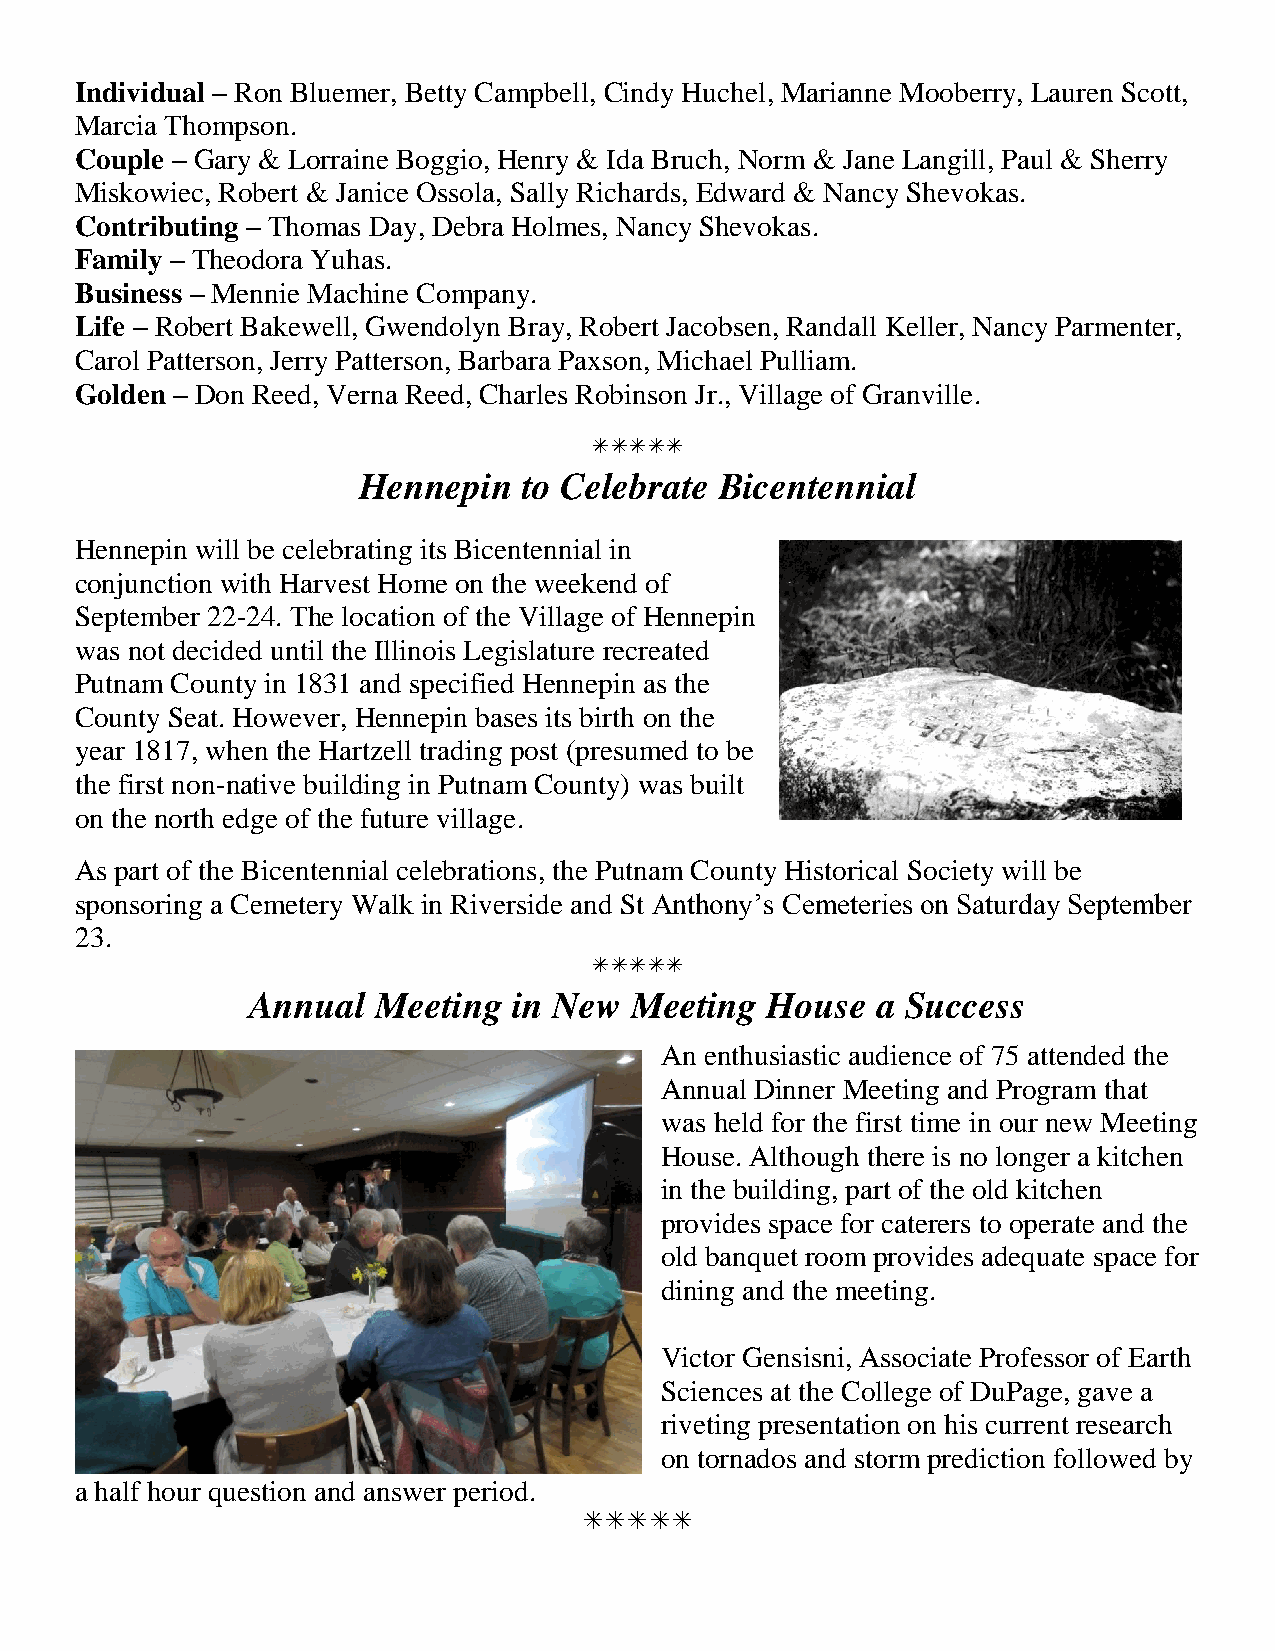
Individual – Ron Bluemer, Betty Campbell, Cindy Huchel, Marianne Mooberry, Lauren Scott,
 Marcia Thompson.
 Couple – Gary & Lorraine Boggio, Henry & Ida Bruch, Norm & Jane Langill, Paul & Sherry
 Miskowiec, Robert & Janice Ossola, Sally Richards, Edward & Nancy Shevokas.
 Contributing – Thomas Day, Debra Holmes, Nancy Shevokas.
 Family – Theodora Yuhas.
 Business – Mennie Machine Company.
 Life – Robert Bakewell, Gwendolyn Bray, Robert Jacobsen, Randall Keller, Nancy Parmenter,
 Carol Patterson, Jerry Patterson, Barbara Paxson, Michael Pulliam.
 Golden – Don Reed, Verna Reed, Charles Robinson Jr., Village of Granville.
 
 Hennepin   to Celebrate Bicentennial
 Hennepin will be celebrating its Bicentennial in
 conjunction with Harvest Home on the weekend of
 September 22-24. The location of the Village of Hennepin
 was not decided until the Illinois Legislature recreated
 Putnam County in 1831 and specified Hennepin as the
 County Seat. However, Hennepin bases its birth on the
 year 1817, when the Hartzell trading post (presumed to be
 the first non-native building in Putnam County) was built
 on the north edge of the future village.
 As part of the Bicentennial celebrations, the Putnam County Historical Society will be
 sponsoring a Cemetery Walk in Riverside and St Anthony’s Cemeteries on Saturday September
 23.
 
 Annual  Meeting  in New  Meeting  House  a Success
 An enthusiastic audience of 75 attended the
 Annual Dinner Meeting and Program that
 was held for the first time in our new Meeting
 House. Although there is no longer a kitchen
 in the building, part of the old kitchen
 provides space for caterers to operate and the
 old banquet room provides adequate space for
 dining and the meeting.
 Victor Gensisni, Associate Professor of Earth
 Sciences at the College of DuPage, gave a
 riveting presentation on his current research
 on tornados and storm prediction followed by
 a half hour question and answer period.
 